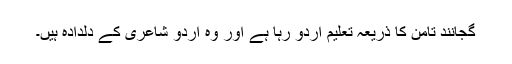
گجانند تامن کا ذریعہ تعلیم اردو رہا ہے اور وہ اردو شاعری کے دلدادہ ہیں۔